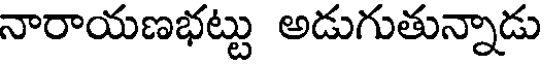
నారాయణభట్టు అడుగుతున్నాడు